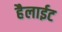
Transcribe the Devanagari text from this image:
हैलाईट